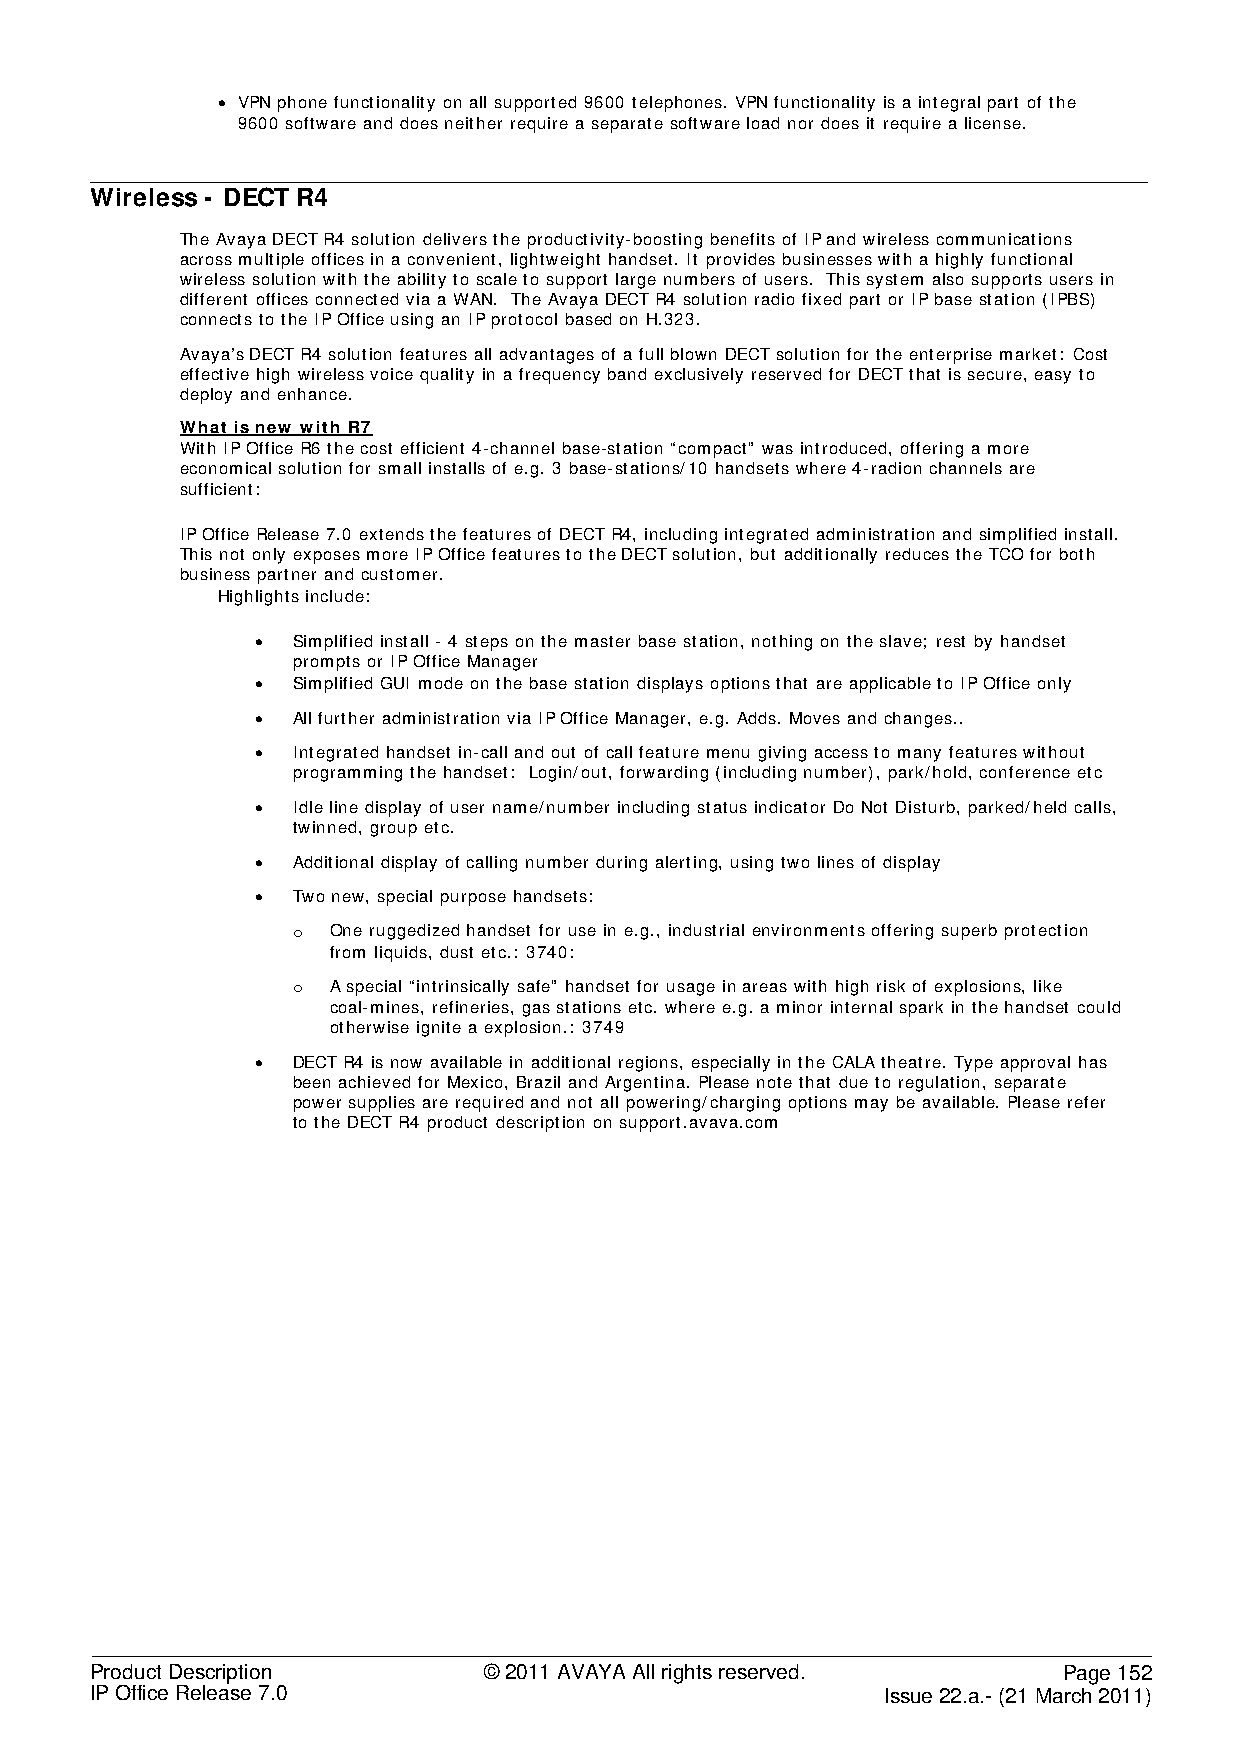
• VPN phone functionality on all supported 9600 telephones. VPN functionality is a integral part of the
 9600 software and does neither require a separate software load nor does it require a license.
 Wireless - DECT R4
 The Avaya DECT R4 solution delivers the productivity-boosting benefits of IP and wireless communications
 across multiple offices in a convenient, lightweight handset. It provides businesses with a highly functional
 wireless solution with the ability to scale to support large numbers of users. This system also supports users in
 different offices connected via a WAN. The Avaya DECT R4 solution radio fixed part or IP base station (IPBS)
 connects to the IP Office using an IP protocol based on H.323.
 Avaya’s DECT R4 solution features all advantages of a full blown DECT solution for the enterprise market: Cost
 effective high wireless voice quality in a frequency band exclusively reserved for DECT that is secure, easy to
 deploy and enhance.
 What is new with R7
 With IP Office R6 the cost efficient 4-channel base-station “compact” was introduced, offering a more
 economical solution for small installs of e.g. 3 base-stations/10 handsets where 4-radion channels are
 sufficient:
 IP Office Release 7.0 extends the features of DECT R4, including integrated administration and simplified install.
 This not only exposes more IP Office features to the DECT solution, but additionally reduces the TCO for both
 business partner and customer.
 Highlights include:
 • Simplified install - 4 steps on the master base station, nothing on the slave; rest by handset
 prompts or IP Office Manager
 • Simplified GUI mode on the base station displays options that are applicable to IP Office only
 • All further administration via IP Office Manager, e.g. Adds. Moves and changes..
 • Integrated handset in-call and out of call feature menu giving access to many features without
 programming the handset: Login/out, forwarding (including number), park/hold, conference etc
 • Idle line display of user name/number including status indicator Do Not Disturb, parked/held calls,
 twinned, group etc.
 • Additional display of calling number during alerting, using two lines of display
 • Two new, special purpose handsets:
 o  One ruggedized handset for use in e.g., industrial environments offering superb protection
 from liquids, dust etc.: 3740:
 o  A special “intrinsically safe” handset for usage in areas with high risk of explosions, like
 coal-mines, refineries, gas stations etc. where e.g. a minor internal spark in the handset could
 otherwise ignite a explosion.: 3749
 • DECT R4 is now available in additional regions, especially in the CALA theatre. Type approval has
 been achieved for Mexico, Brazil and Argentina. Please note that due to regulation, separate
 power supplies are required and not all powering/charging options may be available. Please refer
 to the DECT R4 product description on support.avava.com
 Product Description       © 2011 AVAYA All rights reserved.     Page 152
 IP Office Release 7.0                                Issue 22.a.- (21 March 2011)